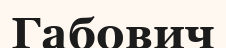
Габович